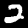
Digit: 2